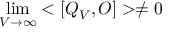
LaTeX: \operatorname * { l i m } _ { V \rightarrow \infty } < [ Q _ { V } , O ] > \ne 0